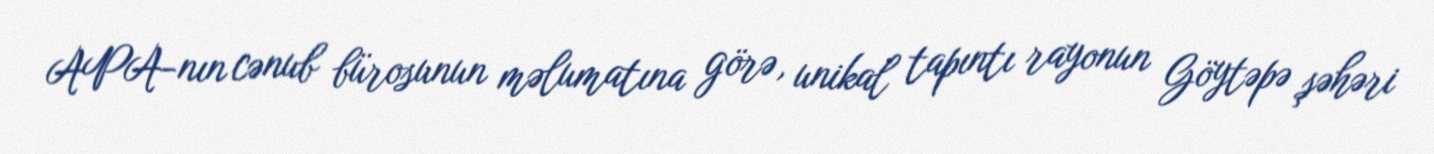
APA-nın cənub bürosunun məlumatına görə, unikal tapıntı rayonun Göytəpə şəhəri